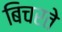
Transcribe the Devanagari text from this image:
बिचरते